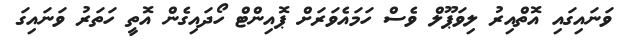
ވަނައިގައި އޮތްއިރު ލިވަޕޫލް ވެސް ހަމައެވަރަށް ޕޮއިންޓް ހޯދައިގެން އޮތީ ހަތަރު ވަނައިގަ